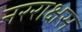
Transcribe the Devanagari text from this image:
नरराक्षस